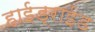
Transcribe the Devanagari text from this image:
हाईड्राईड